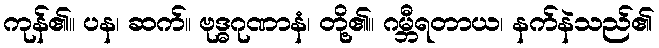
ကုန်၏။ ပန၊ ဆက်။ ဗုဒ္ဓဂုဏာနံ၊ တို့၏။ ဂမ္ဘီရတာယ၊ နက်နဲသည်၏